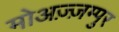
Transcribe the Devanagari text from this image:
मोअज़्ज़म्पुर